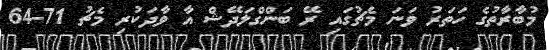
މުބާރާތުގެ ހަތަރު ވަނަ މެޗުގައި ރޭ ބަންގްލަދޭޝް އާ ވާދަކުރި މެޗު 71-64